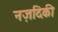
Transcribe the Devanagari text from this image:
नज़दिकी